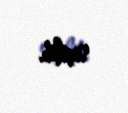
seçilib.